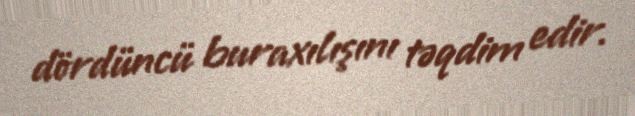
dördüncü buraxılışını təqdim edir.